Vital statistics of India. Vol. IV, Annual returns from 1871 to 1876. British Army of India, Native Army and jails of Bengal
Year: 1871
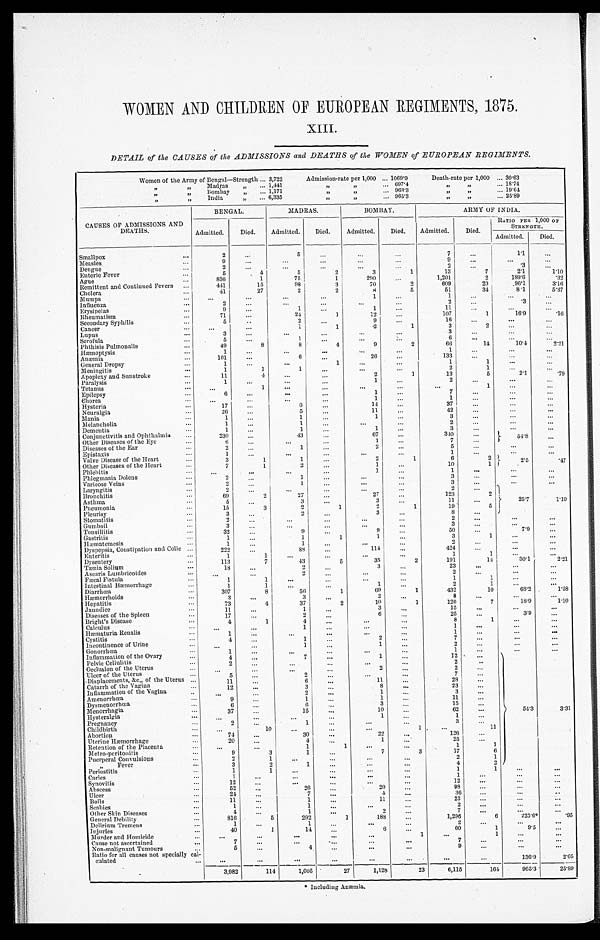
WOMEN AND CHILDREN OF EUROPEAN REGIMENTS, 1875.
XIII.
DETAIL of the CAUSES of the ADMISSIONS and DEATHS of the WOMEN of EUROPEAN REGIMENTS.
Women of the Army of Bengal—Strength ... 3,722
Admission-rate per 1,000 ... 1069'9
Death-rate per 1,000 ... 30.63
„
"
Madras
„
... 1,141
,,
, ,
...
697.4
, ,
, ,
... 1 8 . 7 4
, ,
„
Bombay
„
... 1,171
,,
, ,
...
9 6
3 . 3
, ,
"
...
19.64
India
„
... 6,335
,,
,,
...
9 6 5 . 3
"
... 25.89
CAUSES OF ADMISSIONS AND
DEATHS.
BENGAL.
MADRAS.
BOMBAY.
ARMY OF INDIA.
Admitted.
Died.
Admitted.
-
Died.
Admitted.
Died.
Admitted.
Died.
RATIO PER 1,000 OFF
S T R E N G T H .
Admitted.
Died.
Smallpox
...
2
...
5
7
Measles
9
. . .
. . .
...
...
...
9
... . . .
...
Dengue
...
2
. . .
2
...
. . .
Enteric Fever
...
5
4
5
2
3
1
13
7
2.1
...
1.10
Ague
...
836
1
75
1
290
. . .
1,201
2
189.6
.32
Remittent and Continued Fevers
...
441
15
98
3 I
70
2
609
20
9 6 . 1
3.16
Cholera
41
27
2
2
8
5
51
34
8.1
5.37
M umps
...
...
...
...
...
1
...
1
...
I n f l u e n z a
...
2
. . .
...
...
2
...
3
. 3
...
Erysipelas
9
...
. .
.
1
11
...
...
... . . .
Rheumatism
...
71
24
3
12
...
107
1
16-9
.16
Secondary Syphilis
...
5
..
2
...
9
...
16
Cancer
...
...
...
1
1
1
3
2
Lupus
...
...
".
. . .
3
. . .
Scrofula
5
...
1
...
...
...
...
6
... . . .
...
...
. . .
Phthisis Pulmonahis
...
49
8
8
4
9
2
66
14
10.4
2 . 2
1
Hæmoptysis
1
. . .
...
...
...
...
1 . . .
...
Antenna
...
101
...
6
26
".
133
...
. . .
General Dropsy
...
1
1
1
1
Meni ngi t i s
. "
1
1
1
...
...
...
—
...
...
2
1
...
. . .
Apoplexy and Sunstroke
11
4,
. .
...
2
1
13
5
2.1 . 7 9
Paralysis
...
1
...
...
...
1
2
...
. . .
Tetanus
. . .
...
1
...
...
1
,
Epilepsy
6
...
...
1
...
...
...
7
...
'..3
Ch ore
...
...
...
...
...
...
Hysteria
17
...
...
11
...
37
..
".
Neuralgia
...
20
...
5
11
42
...
Mania
...
...
1
1
...
3
...
" .
. "
. "
...
Melancholia
...
...
1
2
...
Dementia
1
...
1
...
...
1
...
...
3
..
"
...
Conjunctivitis and Ophthalmia
...
230
...
13
67
...
3-10
...
."
...
Other Diseases of the Eye
...
6
...
1
7
" .
518
C
...
Diseases of the Ear
2
...
1
...
...
Epistaxis
. ...
1
...
2
...
5
1
...
—
...
Valve Disease of the Hear
3
...
1
...
1
...
...
2
...
1
6
...
...
...
Other Diseases of the heart
. . .
7
1
2
...
...
1
10
2
1
/.
2.5
1
*17
Phlebitis
...
...
...
...
1
...
1
Phlegmasia Dolens
...
2
1
...
. ..
...
"
3
...
...
...
. . .
Varicose Veins
...
2
1
3
...
Laryngitis
...
2
...
...
...
..
...
...
2
...
...
Bronchitis
69
2
2
27
. . .
123
...
2
Asthma
5
3
3
...
11
?
25.7
1'10
Pneumonia
...
15
...
3
2
... 1
2
...
1
19
...
5 i
Pleuris
...
3
Stomatitis
2
...
2
3
. "
8
2
...
J
Gumboil
3
...
...
...
...
...
.3"
...
3
...
...
...
—
Tonsillitis
32
...
9
...
...
9
. "
...
50
...
...
7.9
astritis
Gastritis
...
1
1
1
1
3
1
. . .
II tematemesis
. . .
1
...
...
2
...
...
Dyspepsia, Constipation and Colic ...
222
...
88
...
...
114
424
...
...
Enteritis
...
1
1
...
...
1
... 1
...
...
Dysentery
113
7
... 43
...
5
...
35
...
2
191
14
30.1
...
Ttenia Solium
. . .
1
...
2
...
3
...
.23
...
2.21
"
Ascaris Lumbricoides
...
.
2
...
...
2
"'.
Ftecal Fistula
...
1
1
1
1
Intestinal Itannorrhage
...
i
1
...
...
... 1
...
2
1
...
...
Diarr Diarrhoe
...
307
8
50
...
1
69
...
1
432
10
...
68.2
... 1.58
Iltemorrhoids
3
. . .
2
S
Ile patitis
...
73
4
37
...
2
10
...
1
120
...
7
...
18.9
... 1-10
Jaundice
...
11
...
1
...
3
...
.15
...
...
Diseases of the Spleen
...
17
2
6
25
3 .9
'.
Bright's Disease
. "
4
1
4
...
...
...
...
8
...
1
...
Calculus
.
1
1
...
Htematuria Renalis
...
...
1
...
...
...
. . .
. . .
...
1
...
...
...
—
Cystitis
. "
4
1
7
Incontinence of Urine
...
...
1
1
...
.2
"
"
Gonorrlicea
...
1
...
...
1
...
. . .
...
Inflammation of the Ovary
...
1
...
...
7
...
...
1
. . .
12
...
...
Pelvic Cellulitis
...
2
. - .
...
...
2
.
...
Occlusion of the Uterus
. . .
...
"
...
2
"
..
Ulcer of the Uterus
5
...
...
2
...
...
2
7
.. .
-Displacements, Re., of the Uterus ...
11
...
6
...
... 11
...
28
...
Catarrh of the Vagina
12
...
—
3
...
8
"
23
Inflammation of the Vagina
. .
...
2
1
. . .
3
...
Amenorrhoea
9
...
1
...
1
11
...
Dysmenorrhoe a
in
...
6
...
3
...
. .
15
...
...
Menorrhagia
37
...
15
".3
10
...
.62
...
54.3
3.31
Hysteralgia
. . .
...
...
1
1
Pregnancy
...
2
...
... 1
".
...
...
".
3
...
Childbirth
..
...
10
11
Abortion
74
...
... 30
".
...
... 22
126
Uterine Hemorrhage
20
...
4
1
...
...
25
...
Retention of the Placent
1
1
...
... ...
1
1
Metro-peritonitis
. . .
9
3
1
7
3
17
6
Puerperal Convulsions
...
2
...
...
...
...
...
1
"
Fever
...
3
2
1
...
...
...
4
2/
Periostitis
1
...
...
...
...
1
1
...
Caries
. "
1
...
...
—
1
...
...
Svnovitis
...
1
...
...
...
...
12
...
".
Abscess
. . .
5
. .
.
20
20
98
."
."
Ulcer
...
24
...
7
...
5
...
3
...
".
Boils
...
11
...
1
...
11
...
23
...
Scabies
. . .
...
1
...
2
„
...
Other Skin Diseases
...
4
...
1
...
2
7
...
General Debility
...
816
5
292
1
188
...
...
1,296
...
225.6.
...
. 9 5
Delirium Tremens
...
1
...
...
2
Injuries
—
40
1
14
...
6
...
60
...
1
". 9.5
.
Murder and Homicid
,,,
...
—
...
...
...
Cause not ascertained
...
7
...
...
-...
...
7
...
...
...
Non-malignant Tumours
5
...
4
"
...
...
9
...
...
...
Ratio for all causes not specially
culated
cal-
...
...
...
...
...
...
...
...
...
136.9
2.05
.
3,982
11-1
1,065
27
1,128
23 I
6,115
164
965'3 .
25.389
. Including Anemia,